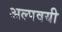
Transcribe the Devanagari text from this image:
अल्पवयी